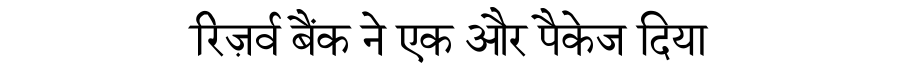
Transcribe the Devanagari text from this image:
रिज़र्व बैंक ने एक और पैकेज दिया